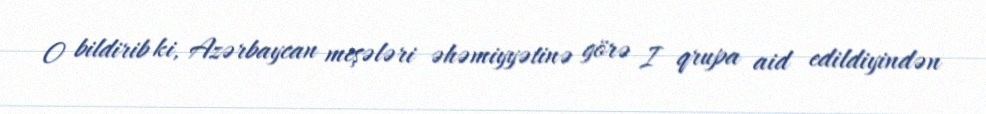
O bildirib ki, Azərbaycan meşələri əhəmiyyətinə görə I qrupa aid edildiyindən